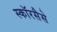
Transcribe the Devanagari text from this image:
स्कॉरसैसे